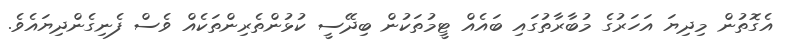
އެގޮޮތުން މިދިޔަ އަހަރުގެ މުބާރާތުގައި ބައެއް ޓީމުތަކުން ބިދޭސީ ކުޅުންތެރިންތަކެއް ވެސް ފެނިގެންދިޔައެވެ.